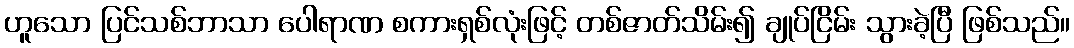
ဟူသော ပြင်သစ်ဘာသာ ပေါရာဏ စကားရှစ်လုံးဖြင့် တစ်ဇာတ်သိမ်း၍ ချုပ်ငြိမ်း သွားခဲ့ပြီ ဖြစ်သည်။